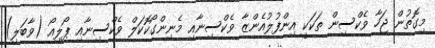
މިގޮތުން ޖަހާ ވެކްސިން ތަކަކީ އިންފުލުއެންޒާ ވެކްސިނާއި މެނިންގޯކޮކަލް ވެކްސިނާއި ޕޯލިއޯ (ވާބަލި)